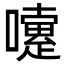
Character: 嚔